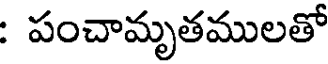
: పంచామృతములతో